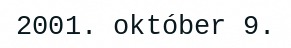
2001. október 9.